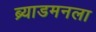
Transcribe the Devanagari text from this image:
ब्र्याडमनला